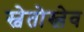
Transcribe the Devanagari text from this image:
स्वेतोस्लेव